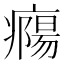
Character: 𤺹